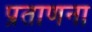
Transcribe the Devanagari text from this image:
प्रताणना